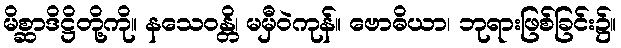
မိစ္ဆာဒိဋ္ဌိတို့ကို။ နသေဝန္တိ၊ မမှီဝဲကုန်။ ဗောဓိယာ၊ ဘုရားဖြစ်ခြင်း၌။